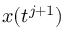
x ( t ^ { j + 1 } )